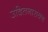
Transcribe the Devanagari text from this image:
उदितनारायण